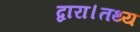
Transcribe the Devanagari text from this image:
द्वारा।तथ्य